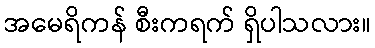
အမေရိကန် စီးကရက် ရှိပါသလား။